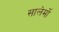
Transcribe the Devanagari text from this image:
सालेर्मो